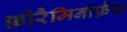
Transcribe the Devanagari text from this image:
फ़ोरैमिनीफ़ैरा